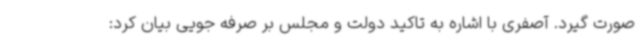
صورت گیرد. آصفری با اشاره به تاکید دولت و مجلس بر صرفه جویی بیان کرد: